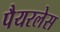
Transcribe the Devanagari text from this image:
पैयरलेस